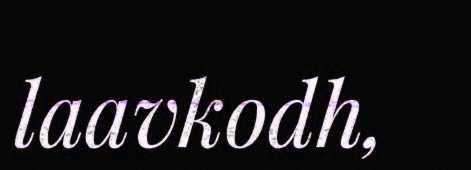
laavkodh,